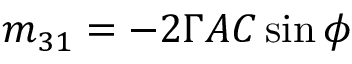
m _ { 3 1 } = - 2 \Gamma A C \sin \phi